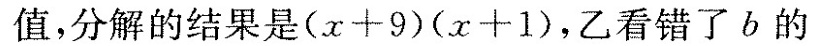
值，分解的结果是$$( x + 9 ) ( x + 1 )$$，乙看错了b的